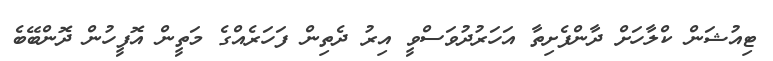
ޓިއުޝަން ކްލާހަށް ދާންފެށިތާ އަހަރުދުވަސްވީ އިރު ދެތިން ފަހަރެއްގެ މަތީން އޮފީހުން ދޮންބޭބެ